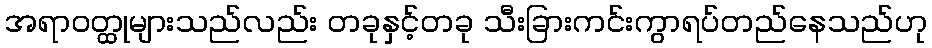
အရာဝတ္ထုများသည်လည်း တခုနှင့်တခု သီးခြားကင်းကွာရပ်တည်နေသည်ဟု